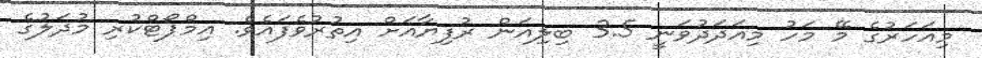
މިއަހަރުގެ މޭ މަހު މިއަދަދުވަނީ 3.5 ބިލިއަން ރުފިޔާއަށް އިތުރުވެފައެވެ. އިމްޕޯޓްކުރި މުދަލުގެ